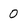
Character: 0